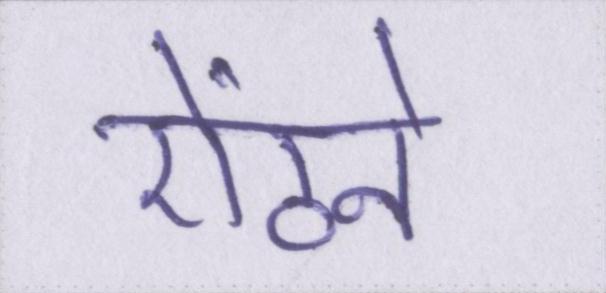
ऐंठने